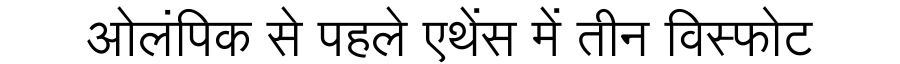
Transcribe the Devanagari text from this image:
ओलंपिक से पहले एथेंस में तीन विस्फोट